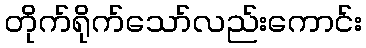
တိုက်ရိုက်သော်လည်းကောင်း